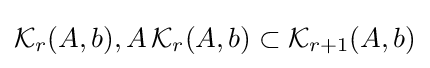
{\mathcal {K}}_{r}(A,b),A\,{\mathcal {K}}_{r}(A,b)\subset {\mathcal {K}}_{r+1}(A,b)